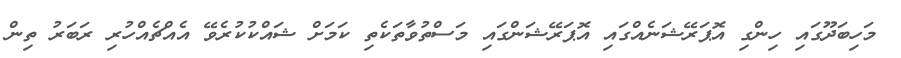
މަހިބަދޫގައި ހިންގި އޮޕަރޭޝަނެއްގައި އޮޕަރޭޝަންގައި މަސްތުވާތަކެތި ކަމަށް ޝައްކުކުރެވޭ އެއްޗެއްހުރި ރަބަރު ތިން